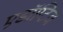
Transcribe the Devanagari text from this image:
एडॉप्टिव